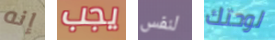
إنه يجب لنفس لوحتك